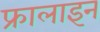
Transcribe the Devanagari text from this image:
फ्रालाइन